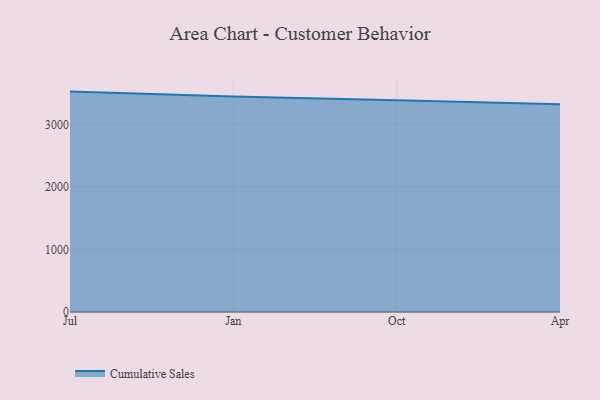
{"axis": {"x": "Month", "y": "Temperature (°C)"}, "legend": ["Cumulative Sales"], "data": [{"x": "Jul", "y": 3527.2, "type": "Cumulative Sales"}, {"x": "Jan", "y": 3447.5, "type": "Cumulative Sales"}, {"x": "Oct", "y": 3389.5, "type": "Cumulative Sales"}, {"x": "Apr", "y": 3326.5, "type": "Cumulative Sales"}]}